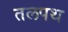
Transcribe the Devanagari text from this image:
तलपथ